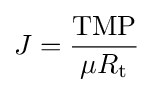
J={\mathrm {TMP}  \over \mu R_{\mathrm {t} }}